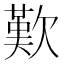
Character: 歎